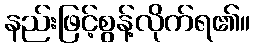
နည်းဖြင့်စွန့်လိုက်ရ၏။